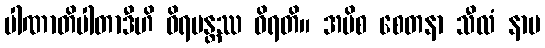
ပါဏာတိပါတာဒီဟိ ဝိရမန္တဿ ဝိရတိ။ အပိစ စေတနာ သီလံ နာမ